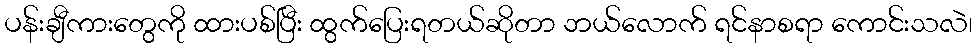
ပန်းချီကားတွေကို ထားပစ်ပြီး ထွက်ပြေးရတယ်ဆိုတာ ဘယ်လောက် ရင်နာစရာ ကောင်းသလဲ၊